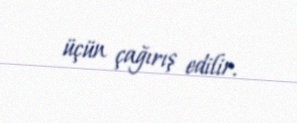
üçün çağırış edilir.